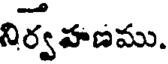
నిర్వహణము.